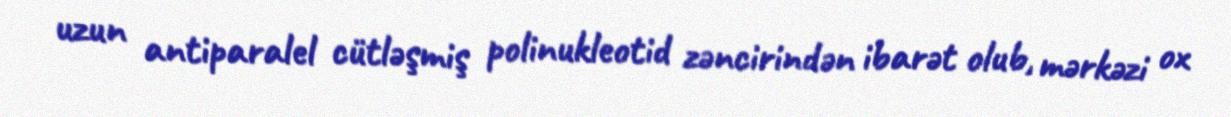
uzun antiparalel cütləşmiş polinukleotid zəncirindən ibarət olub, mərkəzi ox